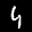
Label: 4